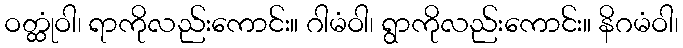
ဝတ္ထုံဝါ၊ ရာကိုလည်းကောင်း။ ဂါမံဝါ၊ ရွာကိုလည်းကောင်း။ နိဂမံဝါ၊